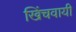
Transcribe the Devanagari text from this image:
खिंचवायी